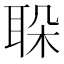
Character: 𦕰